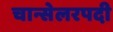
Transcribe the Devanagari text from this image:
चान्सेलरपदी